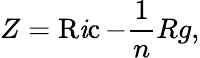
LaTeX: Z=\operatorname{R\mathit{i}c}-{\frac{{1}}{{n}}}Rg,